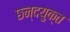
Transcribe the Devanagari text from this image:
छन्दयुक्त